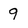
Character: 9